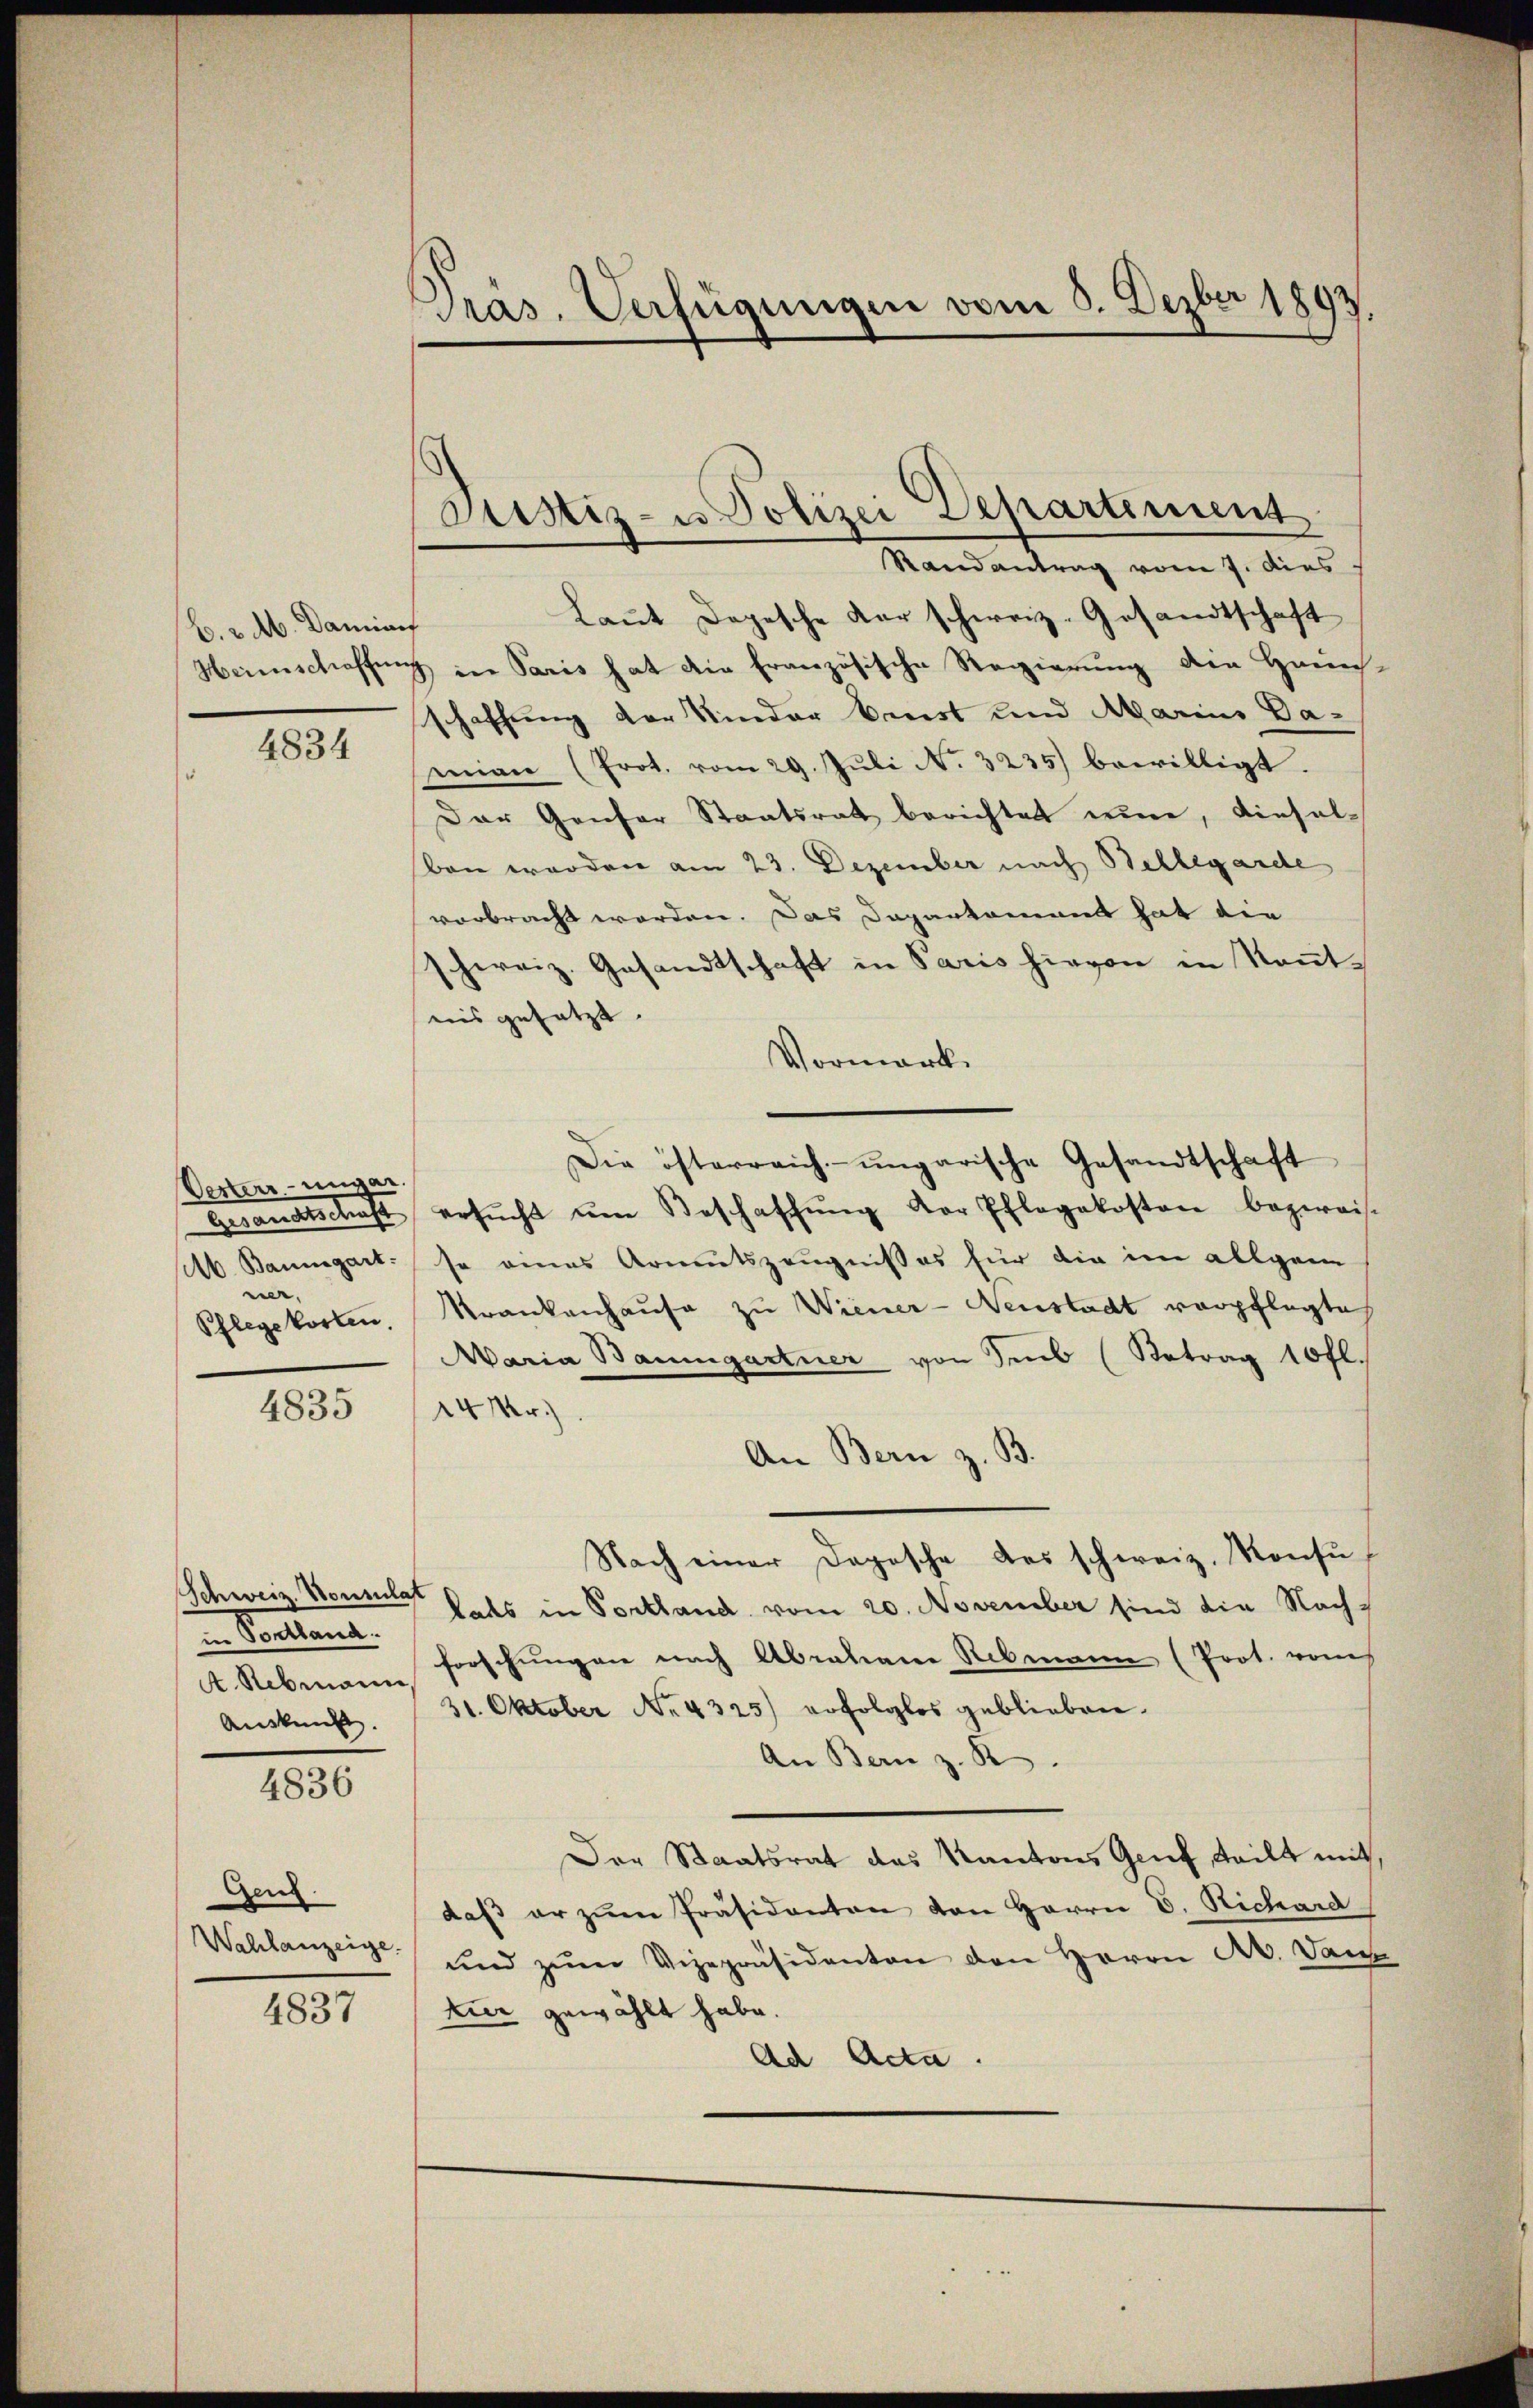
b. v. M. Damian
Heimschaffen

4834

Oesterr.-ungar.
Brandschaft
Ab. Baumgart.
n.
Pflegekosten.

4835

in Pontland.
A. Rebmann,
Auskunft.

4836

Genz.
Wahlanzeige.

4837

Pras. Verfügungen vom 3. Dezbr 1893.

Justiz- u. Polizei Departement
Randantrag vom 7. dies

Laut Depesche der schweiz. Gesandtschaft
3 in Paris hat die französische Regierung die Haun-
schaffung der Kinder bist und Marius Da-
mian (Prot. vom 29. Juli N. 3235) bewilligt.
Der Genfer Staatsrat berichtet nun, diesel-
ben werden am 23. Dezember nach Belegarde
vorbracht worden. Das Dapartament hat die
schweiz. Gesandtschaft in Paris hievon in Kenntnis gesetzt.
Vormerk
Die österreich-ungarische Gesandtschaft
ersŭcht ŭm Beschaffŭng der Pflegekosten bezweis-
se eines Armutszeugnißes für die im allgem
Krankenhaŭse zu Wiener-Neustadt verpflegtes
Maria Baumgartner von Seub (Betrag 10 fl.
14r.)
An Bern z. B.
Nach einer Depesche des schweiz. Konsu¬
Schweiz. Bonn fals in Portland vom 20. November sind die Nachforschungen nach Abrahane Rebmann (Prot. vom
31. Oktober No. 4325) erfolglos geblieben.
An Bern z. B.
Der Staatsrat des Kantons Genf, teilt mit,
daβ er zŭm Präsidenten von Herrn V. Richara
und zŭm Vizepräsidenten den Herrn A. Dann
tur gewählt habe.
Ad Acta.